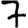
Digit: 7